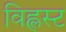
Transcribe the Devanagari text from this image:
विह्लस्ट